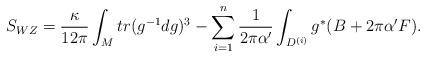
LaTeX: \begin{align*}S_{WZ} = \frac{\kappa}{12\pi}\int_{M} tr(g^{-1}d g)^{3} - \sum_{i=1}^n\frac{1}{2\pi\alpha'}\int_{D^{(i)}}g^* (B + 2 \pi\alpha'F).\end{align*}